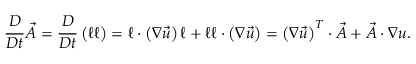
\frac { D } { D t } \vec { A } = \frac { D } { D t } \left( \boldsymbol { \ell } \boldsymbol { \ell } \right) = \boldsymbol { \ell } \cdot \left( \boldsymbol { \nabla } \vec { u } \right) \boldsymbol { \ell } + \boldsymbol { \ell } \boldsymbol { \ell } \cdot \left( \boldsymbol { \nabla } \vec { u } \right) = \left( \boldsymbol { \nabla } \vec { u } \right) ^ { T } \cdot \vec { A } + \vec { A } \cdot \boldsymbol { \nabla } \boldsymbol { u } .